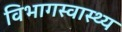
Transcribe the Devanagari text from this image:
विभागस्वास्थ्य